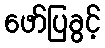
ဖော်ပြခွင့်